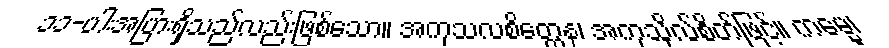
၁၁-ပါးအပြားရှိသည်လည်းဖြစ်သော။ အကုသလစိတ္တေန၊ အကုသိုလ်စိတ်ဖြင့်။ ကမ္မေ၊